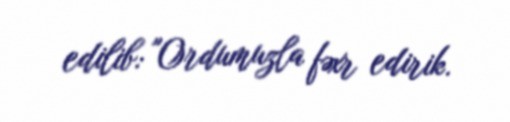
edilib: "Ordumuzla fəxr edirik.